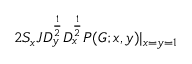
2 S _ { x } J D _ { y } ^ { \frac { 1 } { 2 } } D _ { x } ^ { \frac { 1 } { 2 } } P ( G ; x , y ) | _ { x = y = 1 }